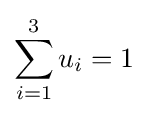
\sum _{i=1}^{3}u_{i}=1